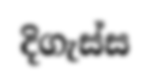
දිගැස්ස